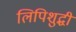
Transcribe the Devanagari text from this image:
लिपिशुद्धी